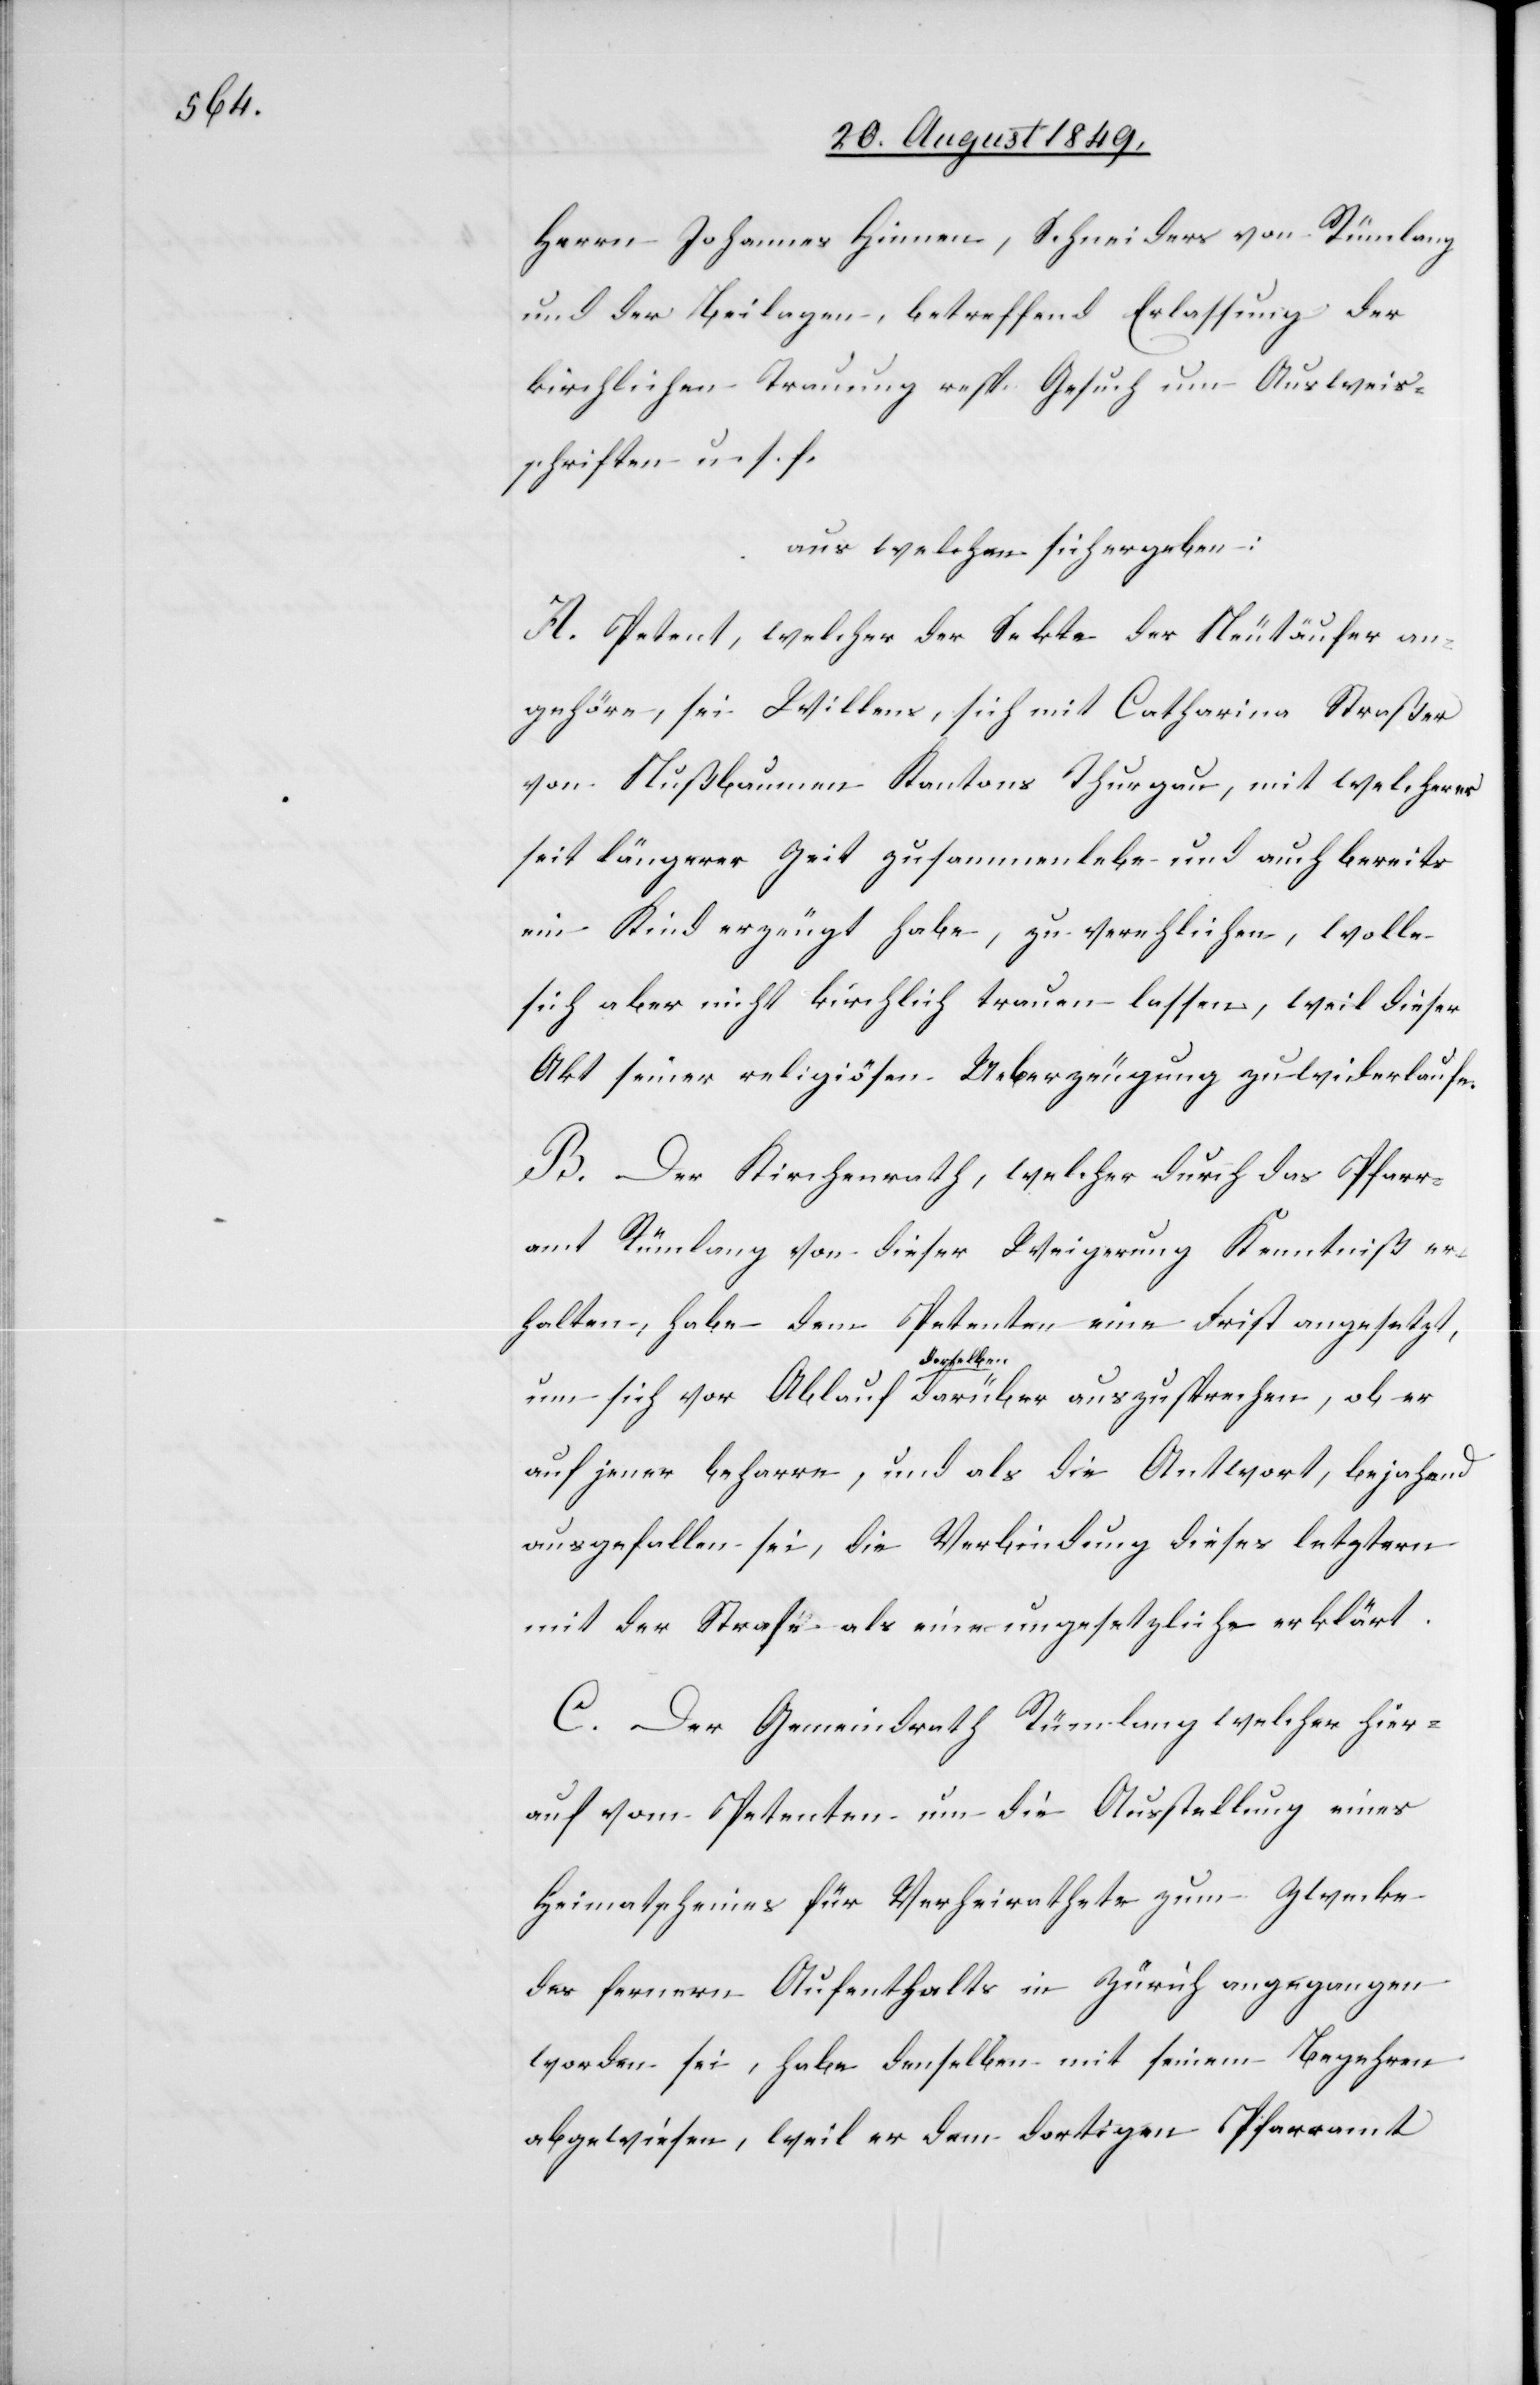
Herrn Johannes Hinnen, Schneiders von Rümlang
und der Beilagen, betreffend Erlassung der
kirchlichen Trauung resp. Gesuch um Ausweis¬
schriften u. s. f.
aus welchen sich ergeben:
A. Petent, welcher der Sekte der Neutäufer an¬
gehöre, sei Willens, sich mit Catharina Straßer
von Nußbaumen Kantons Thurgau, mit welcher er
seit längerer Zeit zusammenlebe und auch bereits
ein Kind erzeugt habe, zu verehlichen, wolle
sich aber nicht kirchlich trauen lassen, weil dieser
Akt seiner religiösen Ueberzeugung zuwiderlaufe.
B. Der Kirchenrath, welcher durch das Pfarr¬
amt Rümlang von dieser Weigerung Kenntniß er¬
halten, habe dem Petenten eine Frist angesetzt,
auf jener beharre, und als die Antwort, bejahend
ausgefallen sei, die Verbindung dieses letztern
C. Der Gemeindrath Rümlang welcher hier¬
auf vom Petenten um die Ausstellung eines
Heimatscheins für Verheirathete zum Zwecke
des fernern Aufenthalts in Zürich angegangen
worden sei, habe denselben mit seinem Begehren
abgewiesen, weil er dem dortigen Pfarramt